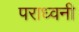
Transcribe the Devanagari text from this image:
पराध्वनी